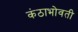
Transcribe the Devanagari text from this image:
कंठाभोवती